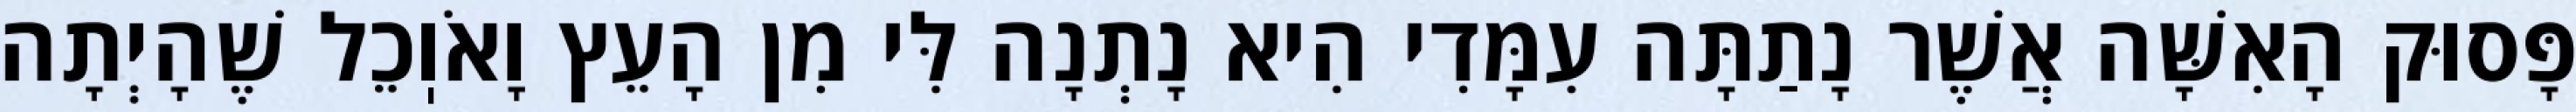
פָּסוּק הָאִשָּׁה אֲשֶׁר נָתַתָּה עִמָּדִי הִיא נָתְנָה לִּי מִן הָעֵץ וָאֹוֽכֵל שֶׁהָיְתָה